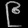
Digit: ၉